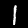
Label: 1